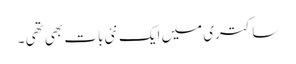
ساکتری میں ایک نئی بات بھی تھی ۔